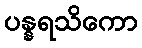
ပန္နရသိကော